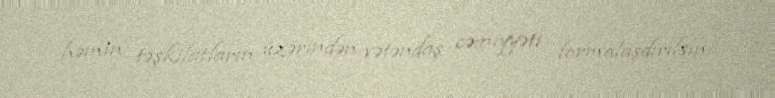
həmin təşkilatların üzərindən vətəndaş cəmiyyəti formalaşdırılsın.